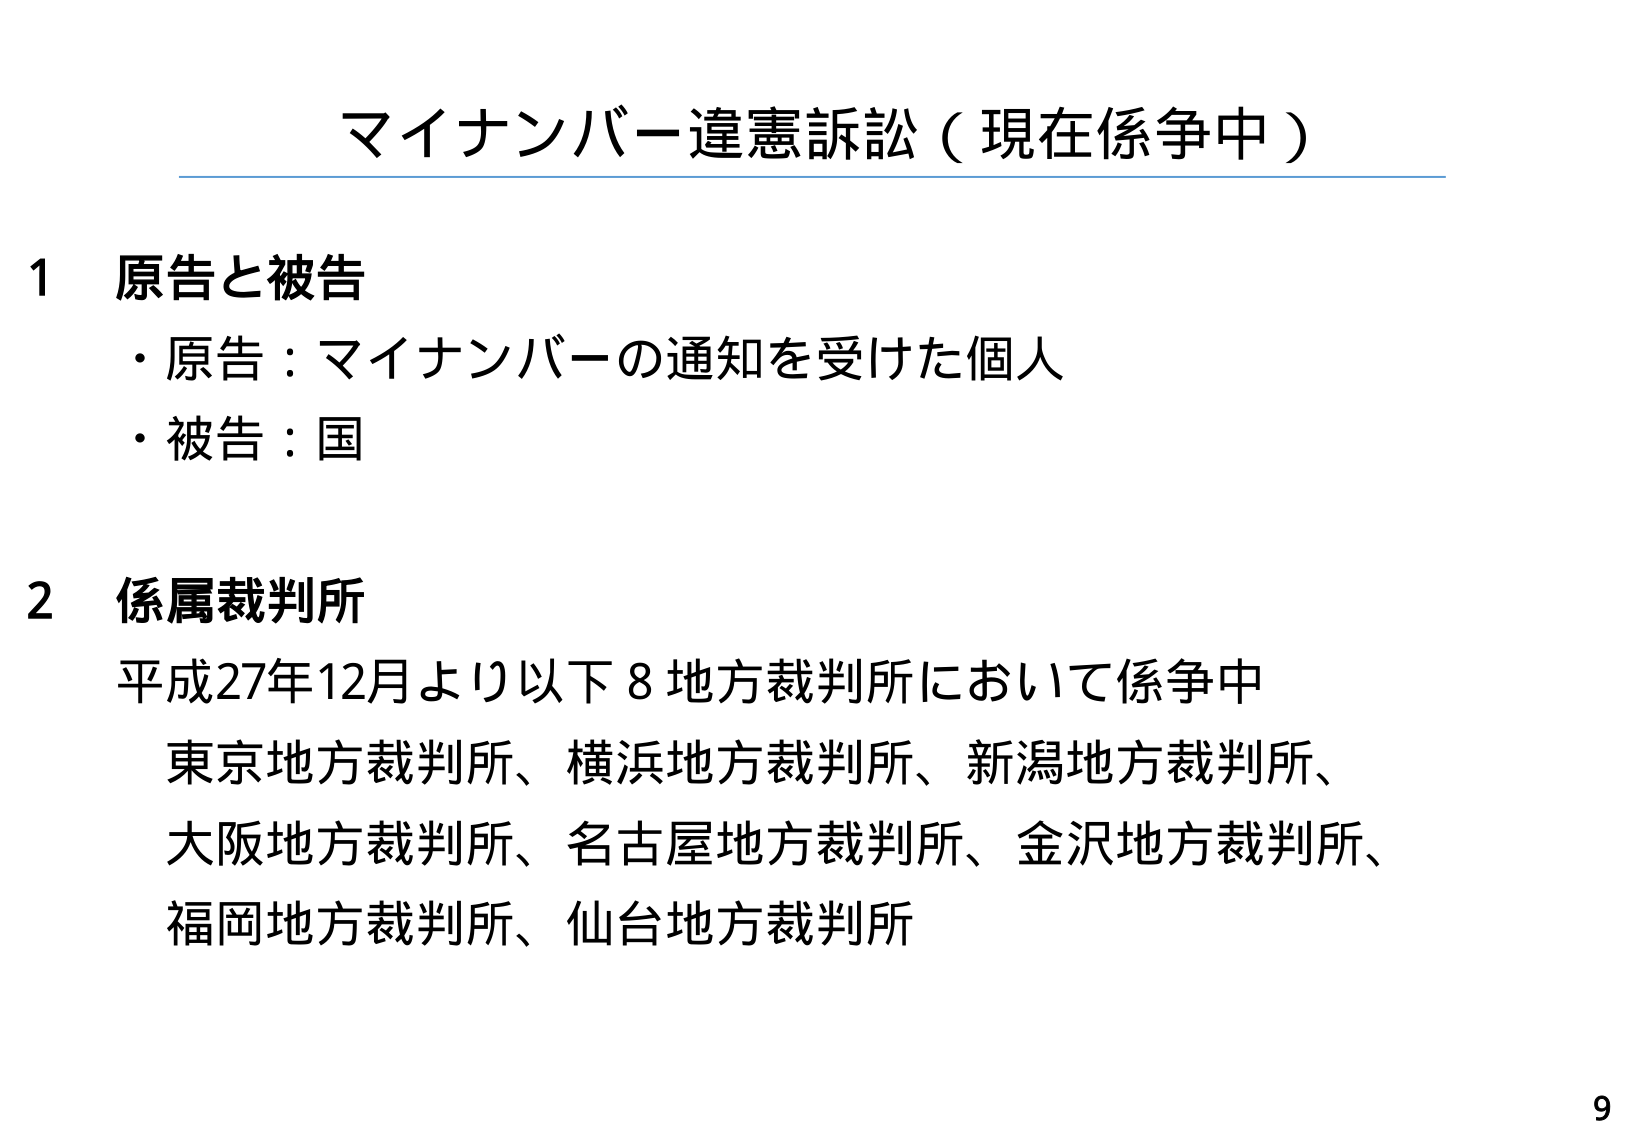
マイナンバー違憲訴訟（現在係争中）

1 原告と被告
・原告：マイナンバーの通知を受けた個人
・被告：国

2 係属裁判所
平成27年12月より以下8地方裁判所において係争中
東京地方裁判所、横浜地方裁判所、新潟地方裁判所、
大阪地方裁判所、名古屋地方裁判所、金沢地方裁判所、
福岡地方裁判所、仙台地方裁判所

9